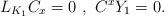
LaTeX: \begin{align*}L_{K_{1}}C_{x}=0~,~C^{x}Y_{1}=0.\end{align*}